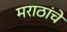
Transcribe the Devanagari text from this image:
मराठांचे